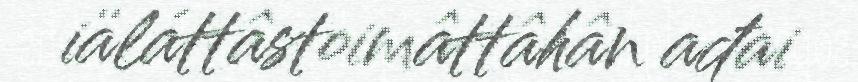
iäláttâstoimâttâhân ađai